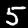
Label: 5